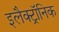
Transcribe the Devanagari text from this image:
इलैक्‍ट्रॉनिक